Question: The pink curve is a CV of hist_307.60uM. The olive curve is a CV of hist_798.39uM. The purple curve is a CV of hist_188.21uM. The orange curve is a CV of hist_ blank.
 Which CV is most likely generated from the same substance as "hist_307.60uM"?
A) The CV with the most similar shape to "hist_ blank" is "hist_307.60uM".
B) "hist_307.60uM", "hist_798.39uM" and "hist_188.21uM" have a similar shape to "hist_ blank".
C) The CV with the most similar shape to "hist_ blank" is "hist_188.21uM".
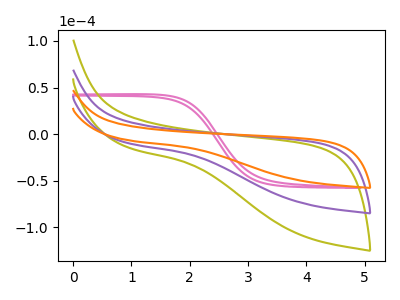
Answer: <think>The pink curve "hist_307.60uM" has no peaks. The olive curve "hist_798.39uM" has no peaks. The purple curve "hist_188.21uM" has no peaks. The orange curve "hist_ blank" has no peaks.
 Neither "hist_307.60uM" or "hist_798.39uM" have any peaks. Neither "hist_307.60uM" or "hist_188.21uM" have any peaks. Neither "hist_307.60uM" or "hist_ blank" have any peaks. Neither "hist_798.39uM" or "hist_188.21uM" have any peaks. Neither "hist_798.39uM" or "hist_ blank" have any peaks. Neither "hist_188.21uM" or "hist_ blank" have any peaks.</think>
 <answer>B) "hist_307.60uM", "hist_798.39uM" and "hist_188.21uM" have a similar shape to "hist_ blank".</answer>
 <eval>B</eval>